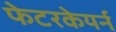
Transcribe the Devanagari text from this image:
फेटरकेयर्न